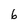
Character: 6